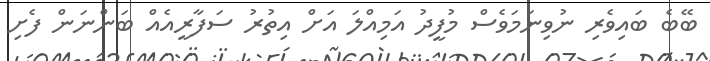
ބޭބެ ބައިވެރި ނުވިނަމަވެސް މުފީދު އަމިއްލަ އަށް އިތުރު ސަފާރީއެއް ބަންނަން ފެށި